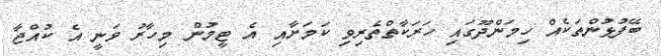
ބޭފުޅުންތަކެއް ހިމަންދޫގައި ހަރަކާތްތެރިވި ކަމަށާއި އެ ޓީމުން މިހާރު ވަނީ އެ ކުއްޖާ